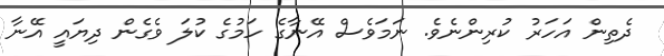
ދެތިން އަހަރު ކުރިންނެވެ. ނަމަވެސް އޭނާގެ ހަމުގެ ކުލަ ވެގެން ދިޔައީ އޭނާ